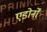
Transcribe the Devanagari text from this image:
एडोर्नों